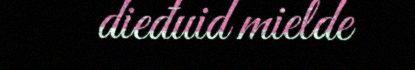
dieđuid mielde